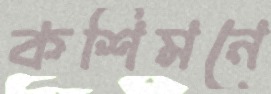
কশিমনে